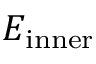
E _ { \mathrm { i n n e r } }